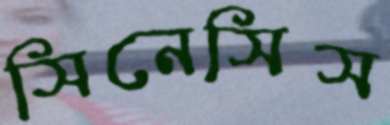
সিনেসিস